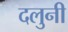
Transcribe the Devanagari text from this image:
दलुनी